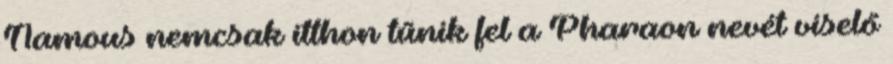
Namous nemcsak itthon tűnik fel a Pharaon nevét viselő